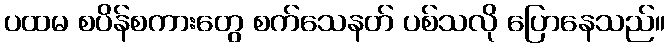
ပထမ စပိန်စကားတွေ စက်သေနတ် ပစ်သလို ပြောနေသည်။